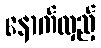
နောက်လှည့်